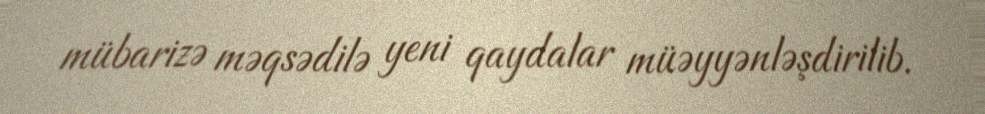
mübarizə məqsədilə yeni qaydalar müəyyənləşdirilib.